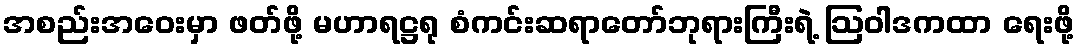
အစည်းအဝေးမှာ ဖတ်ဖို့ မဟာရဋ္ဌရု စံကင်းဆရာတော်ဘုရားကြီးရဲ့ ဩဝါဒကထာ ရေးဖို့